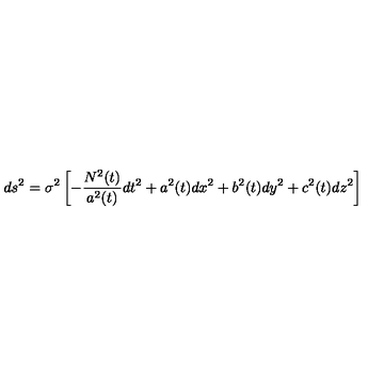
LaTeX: d s ^ { 2 } = \sigma ^ { 2 } \left[ - \frac { N ^ { 2 } ( t ) } { a ^ { 2 } ( t ) } d t ^ { 2 } + a ^ { 2 } ( t ) d x ^ { 2 } + b ^ { 2 } ( t ) d y ^ { 2 } + c ^ { 2 } ( t ) d z ^ { 2 } \right]